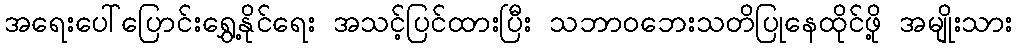
အရေးပေါ်ပြောင်းရွှေ့နိုင်ရေး အသင့်ပြင်ထားပြီး သဘာဝဘေးသတိပြုနေထိုင်ဖို့ အမျိုးသား